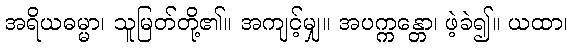
အရိယဓမ္မာ၊ သူမြတ်တို့၏။ အကျင့်မျှ။ အပက္ကန္တော၊ ဖဲ့ခဲ၍။ ယထာ၊